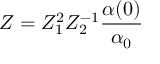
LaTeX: Z = Z _ { 1 } ^ { 2 } Z _ { 2 } ^ { - 1 } \frac { \alpha ( 0 ) } { \alpha _ { 0 } }